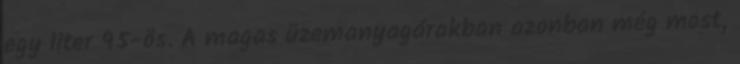
egy liter 95-ös. A magas üzemanyagárakban azonban még most,